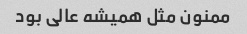
ممنون مثل همیشه عالی بود